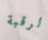
الرقبة